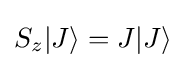
S_{z}|J\rangle =J|J\rangle